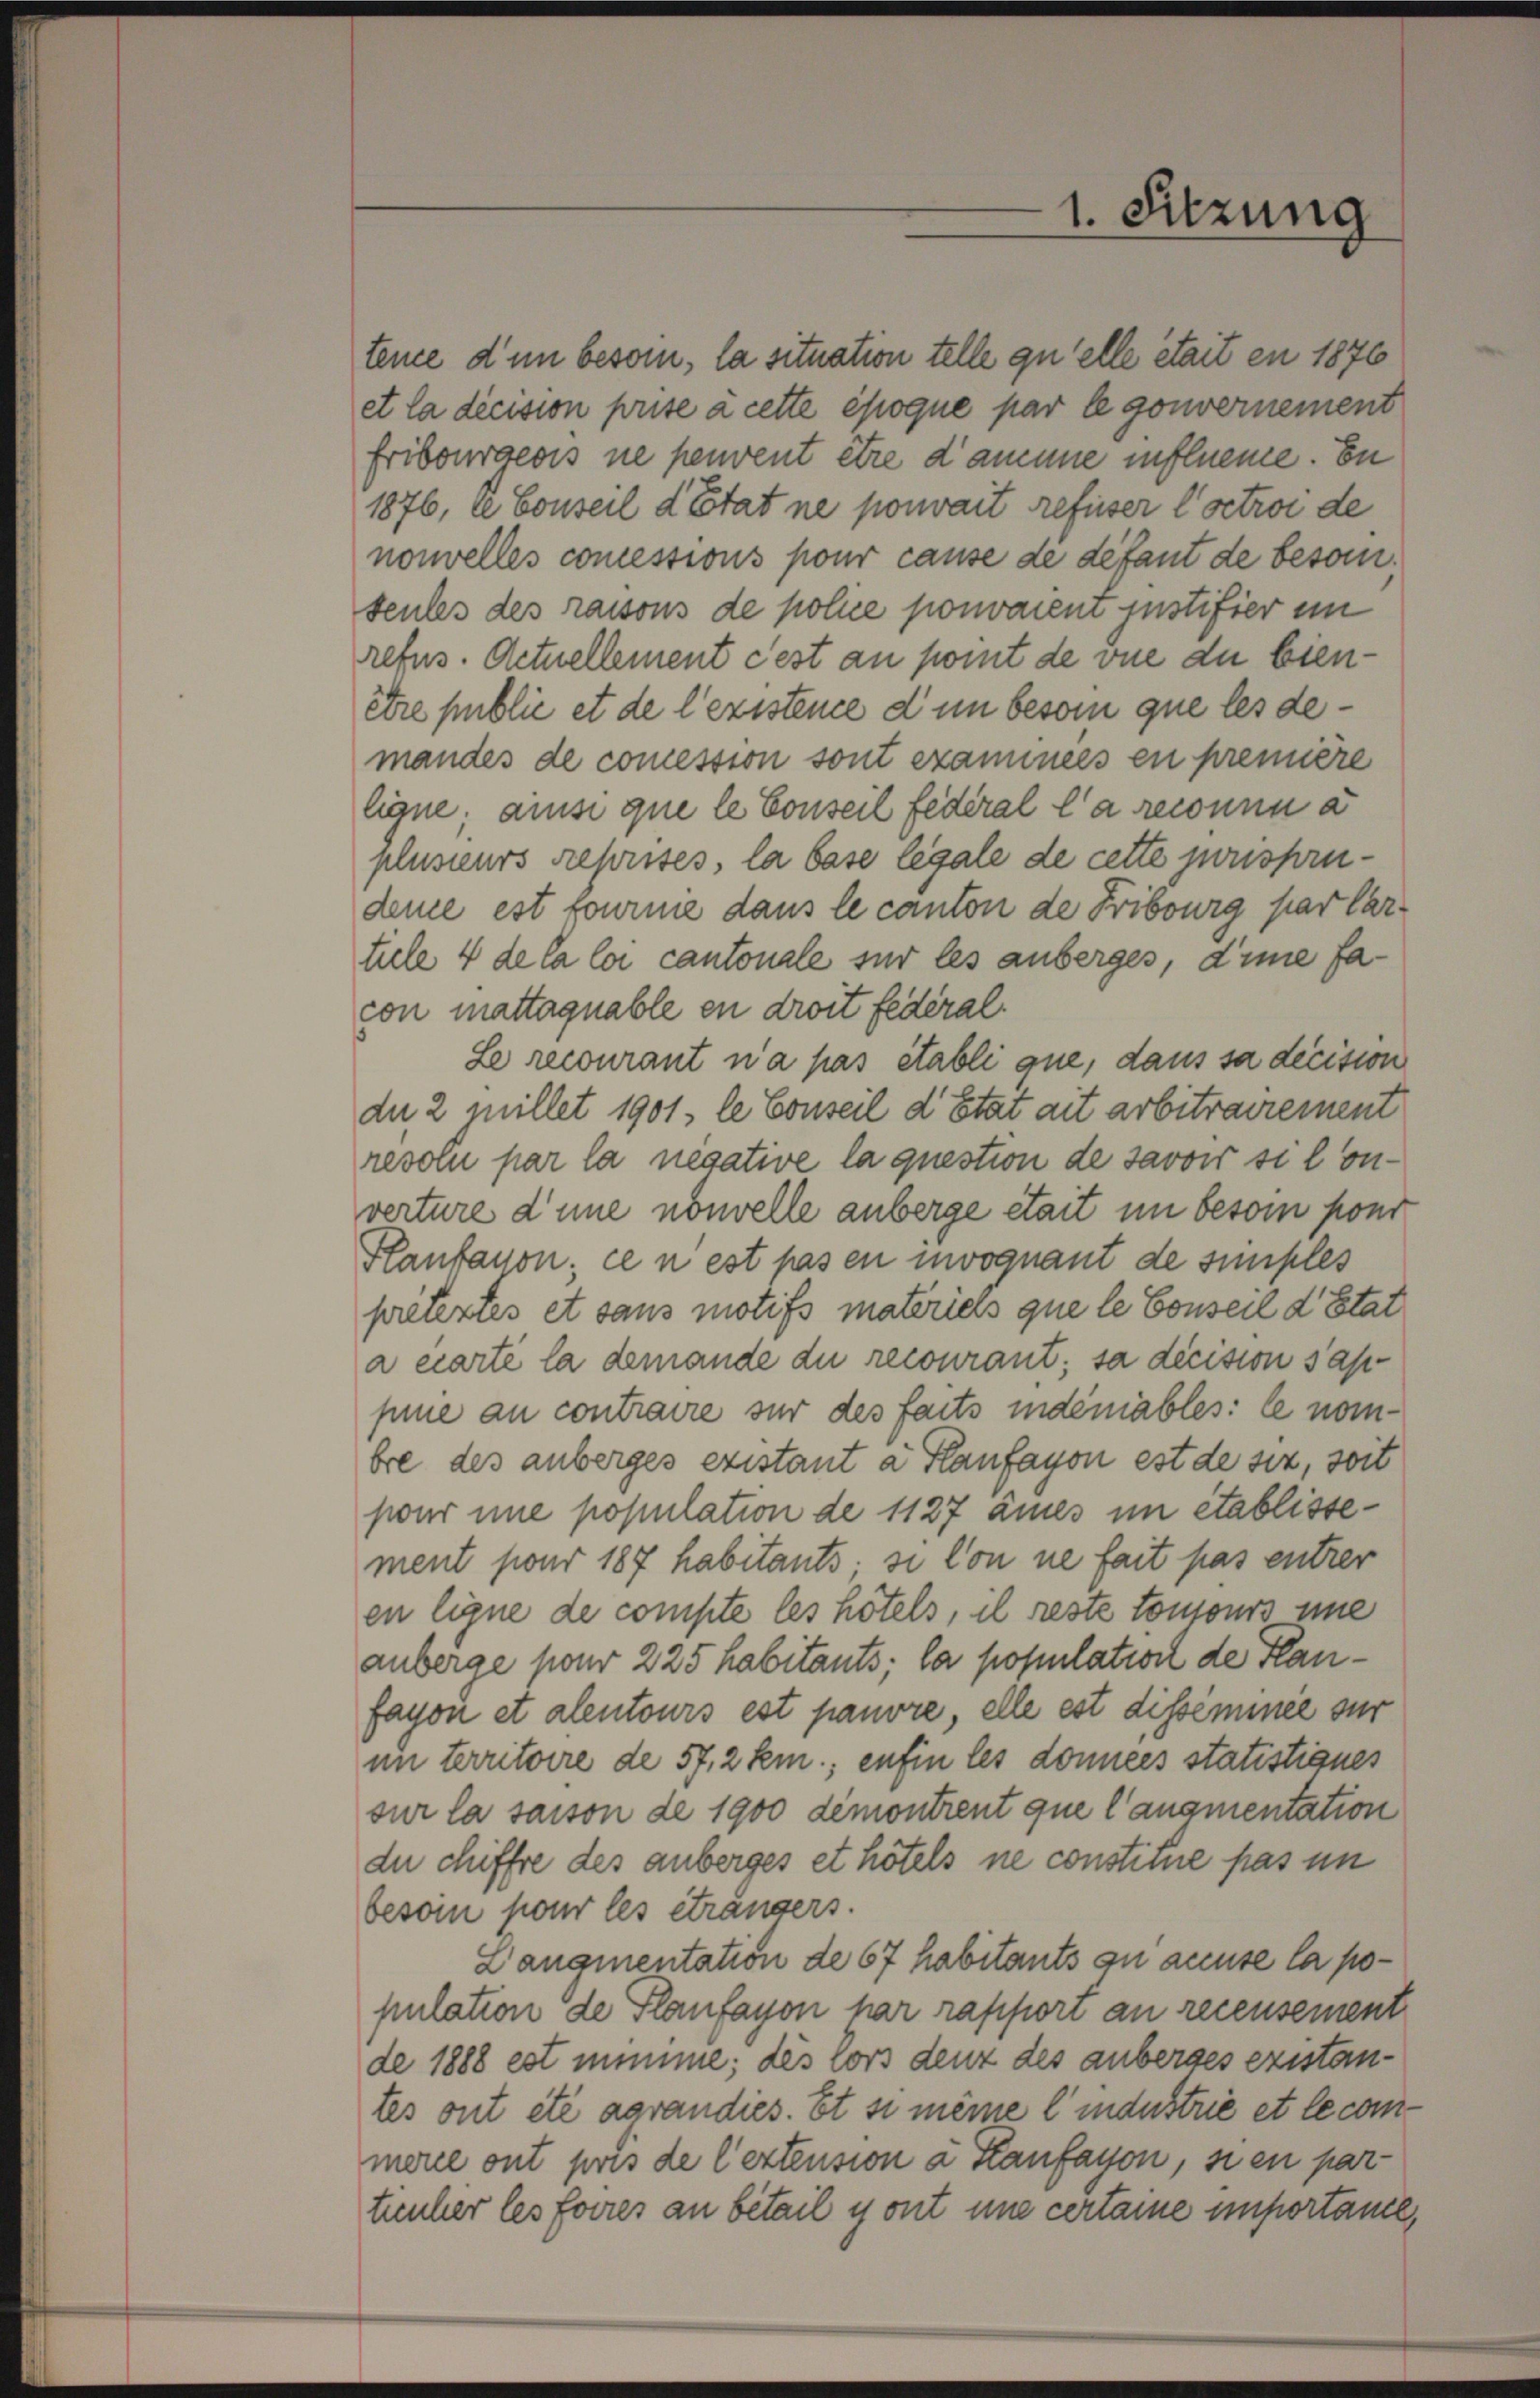
refus. Actuellement cest an point de vue du bienêtre public et de l’existence dum besoin que les demandes de comession sont examinees en première
ligne; ainsi que le Conseil fédéral la reconnu a
plusieurs reprises, la base legale de cette jurisprudeme est courme dans le canton de Fribourg par lar
tiele 4 de la loi cantonale sur les anberges, dinie facon mattaquable en droit federal.
Le recourant n’a pas établi que, dans sa decision
de 2 millet 1901, le Conseil d’Etat ait arbeitrairement
resolu par la negative la question de savoir si lonverture d’une nouvelle anberge était im beson pont
Plantanon ce n est pas en invoquant de simples
prétextes et sans motifs materiers que le Conseil d’Etat
a ccarte la demande du recourant; sa decision sappine an contraire sur des faits indemables: le nombre des anberges existant a Flanfayon est de sie, soit
pour une population de 1127 ames un établissement pour 187 habitants, si lon ne fait pas entrer
en ligne de compte les hotels, il reste toujours une
anberge pour 225 habitants; la population de Flanfayon et alentours est pauvre, elle est disseminée sur
im territoire de 57, 2 km; enfin les données statistianes
sur la saison de 1900 demontrent que l’augmentation
du chiffre des anberges et hotels ne constitue pas im
beson pour les étrangers.
Langmentation de 67 habitants zu accuse la population de Planfayon har rapport an recensement
de 1888 est nimme; des lors denz des anberges existantes ont été agrandies. Et si meine l’industrie et le conmere ont pris de leztension à Kaufayon, sien partienher les forres an betail y ont une certaine importance,

1. Sitzung

tence d’un beson, la situation telle qu’elle était en 1876
et la décision prise a cette époque par le gouvernement
fribourgeois ne peuvent être d’amme influene. En
1876, le Conseil d’Etat ne pouvait refuser Coctroi de
nouvelles comessions pour cause de defaut de besonseules des raisons de police ponvaient justifier im